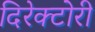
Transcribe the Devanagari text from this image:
दिरेक्टोरी